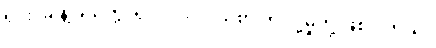
ရိုင်း၊ ခဲ နဲ့ ခဲသတ္တု ရိုင်း၊ ပင်လယ်စာ တင်ပို့မှုတို့ ဖြစ်ပါတယ်။